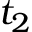
t _ { 2 }